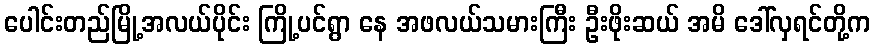
ပေါင်းတည်မြို့အလယ်ပိုင်း ကြို့ပင်ရွာ နေ အဖလယ်သမားကြီး ဦးဖိုးဆယ် အမိ ဒေါ်လှရင်တို့က